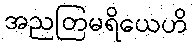
အညတြမရိယေဟိ